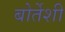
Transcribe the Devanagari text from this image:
बोर्तेशी